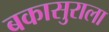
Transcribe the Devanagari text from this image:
बकासुराला